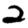
Digit: 2